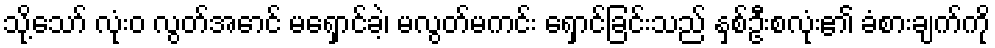
သို့သော် လုံးဝ လွတ်အောင် မရှောင်ခဲ့၊ မလွတ်မကင်း ရှောင်ခြင်းသည် နှစ်ဦးစလုံး၏ ခံစားချက်ကို